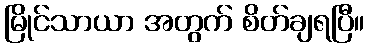
မြိုင်သာယာ အတွက် စိတ်ချရပြီ။